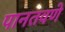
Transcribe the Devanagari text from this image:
पानतवणे